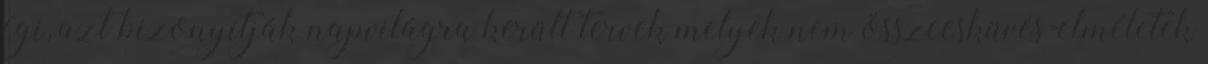
égi, azt bizonyítják napvilágra került tervek melyek nem összeesküvés-elméletek